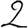
Digit: 2